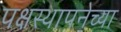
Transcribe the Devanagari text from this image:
पक्षस्थापनेच्या